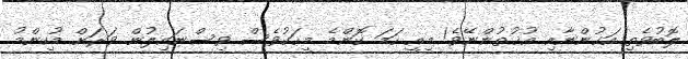
ލޮބުވެތި އަޚުންނާއި އުޚުތުންނޭވެ! މިއީ ހަމަ ކޮންމެ މީހަކުވެސް ވިސްނައިލުން ވަރަށް މުހިންމު